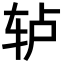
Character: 轳